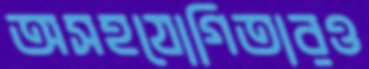
অসহযোগিতারও